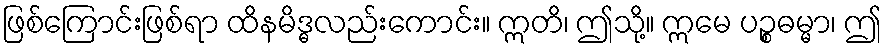
ဖြစ်ကြောင်းဖြစ်ရာ ထိနမိဒ္ဓလည်းကောင်း။ ဣတိ၊ ဤသို့။ ဣမေ ပဉ္စဓမ္မာ၊ ဤ